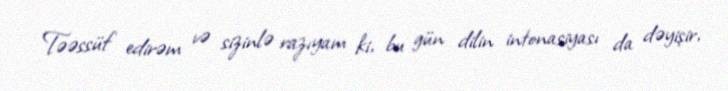
Təəssüf edirəm və sizinlə razıyam ki, bu gün dilin intonasiyası da dəyişir,